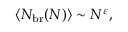
\langle N _ { \mathrm { b r } } ( N ) \rangle \sim N ^ { \varepsilon } ,